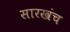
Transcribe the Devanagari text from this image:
सारखंच